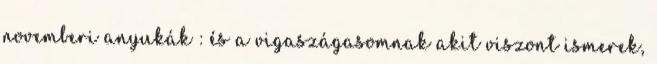
novemberi anyukák : és a vigaszágasomnak akit viszont ismerek,